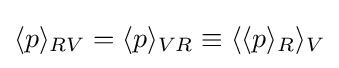
\langle p\rangle _{RV}=\langle p\rangle _{VR}\equiv \langle \langle p\rangle _{R}\rangle _{V}